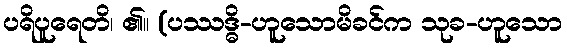
ပရိပူရေတိ၊ ၏။ (ပဿဒ္ဓိ-ဟူသောမိခင်က သုခ-ဟူသော